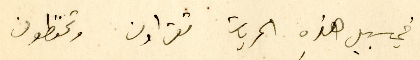
في سبيل هذه الحريات تقراون وتحفظون